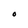
Character: O